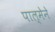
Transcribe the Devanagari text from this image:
पाल्मेने